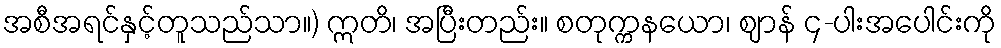
အစီအရင်နှင့်တူသည်သာ။) ဣတိ၊ အပြီးတည်း။ စတုက္ကနယော၊ ဈာန် ၄-ပါးအပေါင်းကို